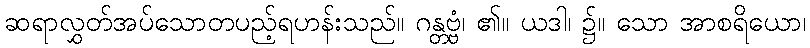
ဆရာလွှတ်အပ်သောတပည့်ရဟန်းသည်။ ဂန္တဗ္ဗံ၊ ၏။ ယဒါ၊ ၌။ သော အာစရိယော၊